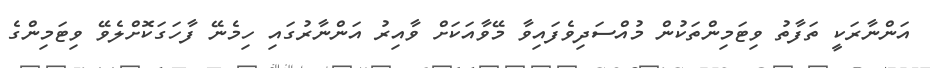
އަންނާރަކީ ތަފާތު ވިޓަމިންތަކުން މުއްސަދިވެފައިވާ މޭވާއަކަށް ވާއިރު އަންނާރުގައި ހިމެނޭ ފާހަގަކޮށްލެވޭ ވިޓަމިންގެ